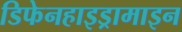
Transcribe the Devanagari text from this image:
डिफेनहाइड्रामाइन